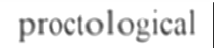
proctological